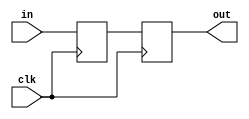
`timescale 1ns / 1ps
//////////////////////////////////////////////////////////////////////////////////
// Company: 
// Engineer: 
// 
// Design Name: 
// Module Name:    synchronize 
// Project Name: 
// Target Devices: 
// Tool versions: 
// Description: 
//
// Dependencies: 
//
// Revision: 
// Revision 0.01 - File Created
// Additional Comments: 
//
//////////////////////////////////////////////////////////////////////////////////
// pulse synchronizer
module synchronize #(parameter NSYNC = 2)(input clk, input in,
                    output reg out);

  reg [NSYNC-2:0] sync;

  always @ (posedge clk)
  begin
    {out,sync} <= {sync[NSYNC-2:0],in};
  end
endmodule